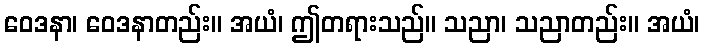
ဝေဒနာ၊ ဝေဒနာတည်း။ အယံ၊ ဤတရားသည်။ သညာ၊ သညာတည်း။ အယံ၊